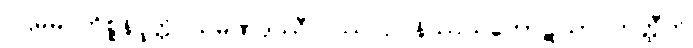
ပဌမမဂ္ဂကိစ္စနိပ္ဖတ္တိ သမဏဒုဿီလဿ ဥပနိဿယကောဋိယာ ဟတ္ထီတိ